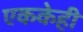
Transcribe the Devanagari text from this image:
एककेही